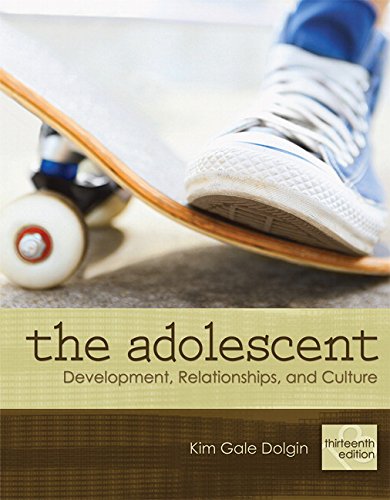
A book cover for The Adolescent: Development, Relationships, and Culture (13th Edition); Kim Gale Dolgin; Medical Books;